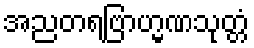
အညတရဗြာဟ္မဏသုတ္တံ